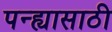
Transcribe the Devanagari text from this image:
पन्ह्यासाठी